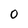
Character: O